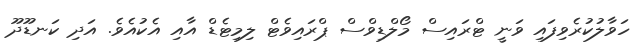
ހަވާލުކުރެވިފައި ވަނީ ޓްރައިސް މޯލްޑިވްސް ޕްރައިވެޓް ލިމިޓެޑް އާއި އެކުއެވެ. އަދި ކަނޑޫދޫ